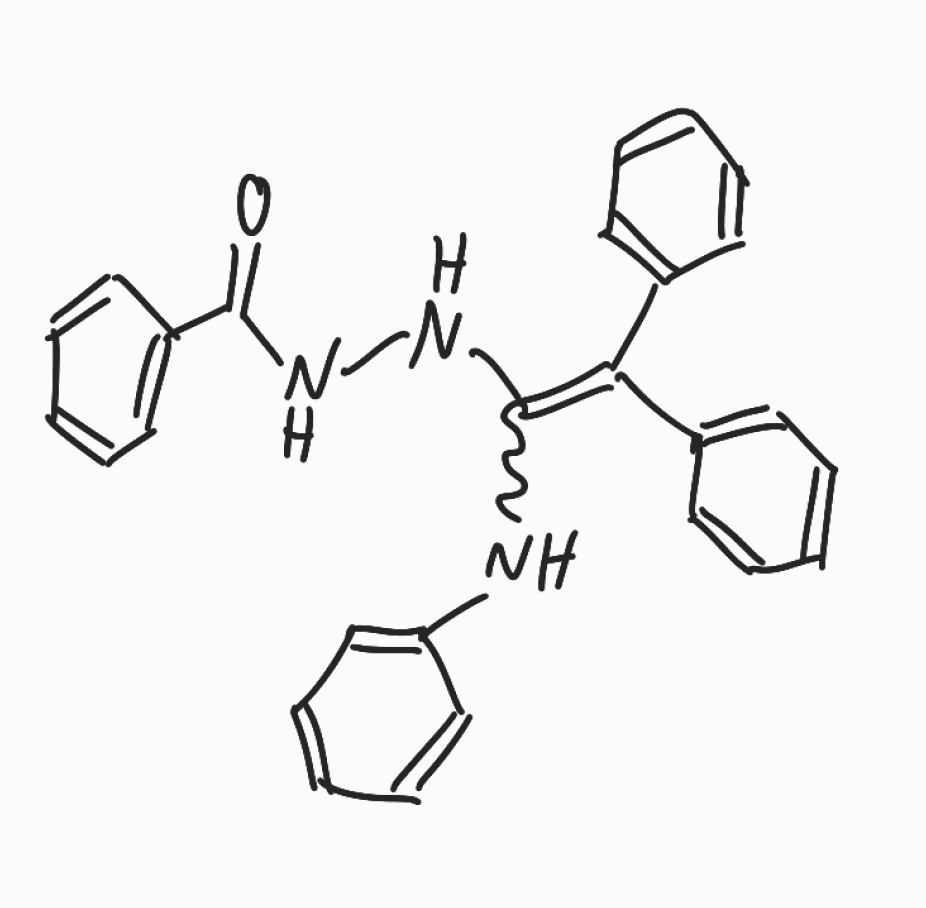
Simplified molecular-input line-entry system (SMILES) notation of the given molecule:
C1=CC=C(C=C1)C(=C(NC2=CC=CC=C2)NNC(=O)C3=CC=CC=C3)C4=CC=CC=C4